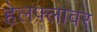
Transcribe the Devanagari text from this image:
हेलफ़्लावर